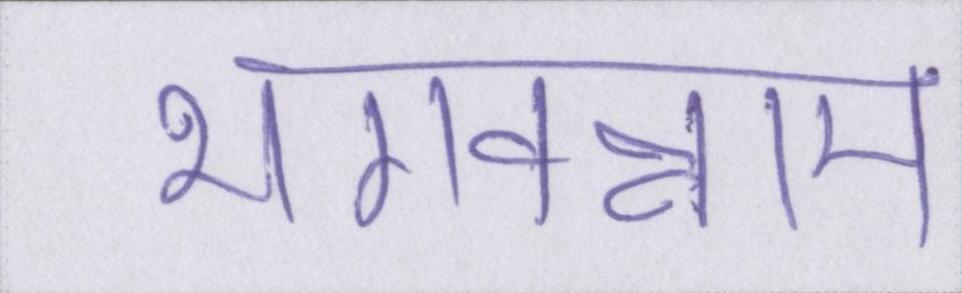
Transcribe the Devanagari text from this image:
भगवन्नाम